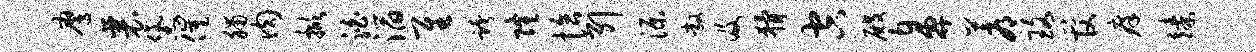
鹰襄黛催脯肉掀泊滔隹跨隆恰引源敞及猾空殿鼻蓐珞管痒臻